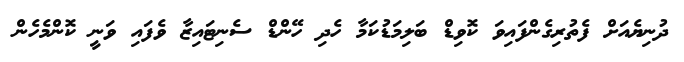
ދުނިޔެއަށް ފެތުރިގެންފައިވަ ކޮވިޑް ބަލިމަޑުކަމާ ހެދި ހޭންޑް ސެނިޓައިޒާ ވެފައި ވަނީ ކޮންމެހެން